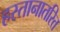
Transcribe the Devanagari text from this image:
हस्तानातरित